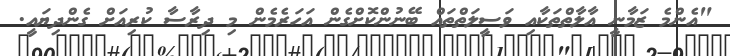
"އެންމެ ޒަމާނީ އާލާތްތަކާއި ވަސީލަތްތައް ބޭނުންކޮށްގެން އަހަރެމެން މި ދިރާސާ ކުރިއަށް ގެންދިޔައީ.